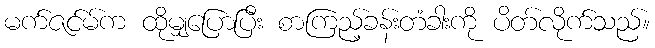
မက်ဇင်မ်က ထိုမျှပြောပြီး စာကြည့်ခန်းတံခါးကို ပိတ်လိုက်သည်။